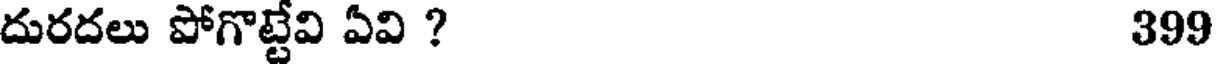
దురదలు పోగొట్టేవి ఏవి ? 399